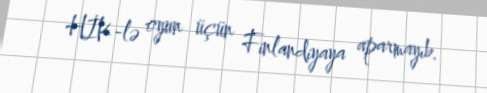
HİK-lə oyun üçün Finlandiyaya aparmayıb.